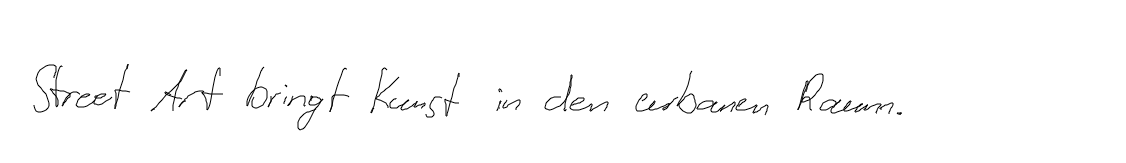
Street Art bringt Kunst in den urbanen Raum.